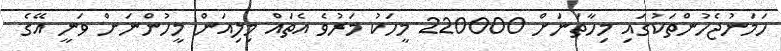
ހަމަނުޖެހުންތަކުގައި މިހާތަނަށް 220000 މީހަކު މަރުވެ އެތައް މިލިއަން މީހުންނަށް ވަނީ އޭގެ